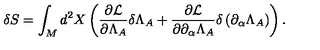
\delta S = \int _ { M } d ^ { 2 } X \mathrm { } \left( \frac { \partial { \cal L } } { \partial \Lambda _ { A } } \mathrm { } \delta \Lambda _ { A } + \frac { \partial { \cal L } } { \partial \partial _ { \alpha } \Lambda _ { A } } \mathrm { } \delta \left( \partial _ { \alpha } \Lambda _ { A } \right) \right) \mathrm { . }